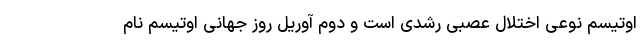
اوتیسم نوعی اختلال عصبی رشدی است و دوم آوریل روز جهانی اوتیسم نام